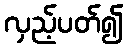
လှည့်ပတ်၍